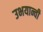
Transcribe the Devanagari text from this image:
उभयान्वी